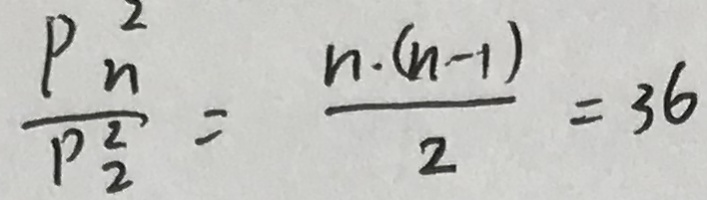
\frac { P _ { n } ^ { 2 } } { P _ { 2 } ^ { 2 } } = \frac { n \cdot ( n - 1 ) } { 2 } = 3 6